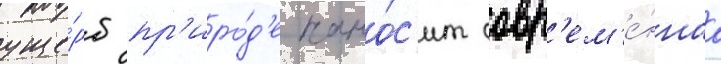
уще́рб пр'иро́д'е нано́с'ит совр'ем'е́ннаа